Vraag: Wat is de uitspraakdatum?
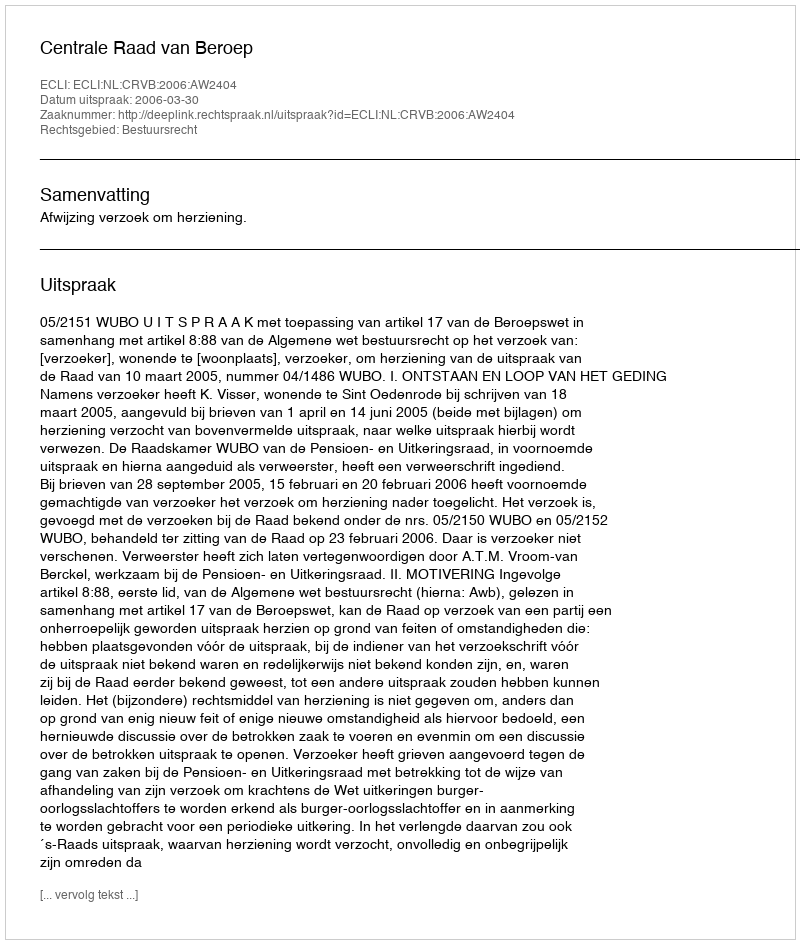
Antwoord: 2006-03-30